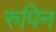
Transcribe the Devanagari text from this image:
रुपिन